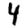
Digit: 4